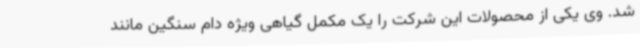
شد. وی یکی از محصولات این شرکت را یک مکمل گیاهی ویژه دام سنگین مانند